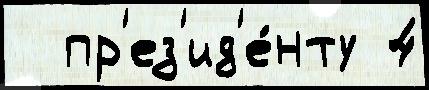
  пр'ез'ид'е́нту 4